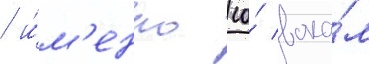
/ и́м'енно ео́ вока́л